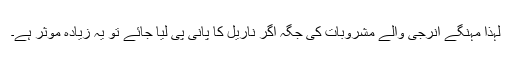
لہٰذا مہنگے انرجی والے مشروبات کی جگہ اگر ناریل کا پانی پی لیا جائے تو یہ زیادہ موثر ہے۔